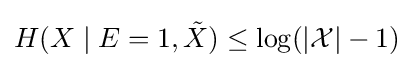
H(X\mid E=1,{\tilde {X}})\leq \log(|{\mathcal {X}}|-1)